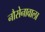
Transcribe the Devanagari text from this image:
नौसेनावाला